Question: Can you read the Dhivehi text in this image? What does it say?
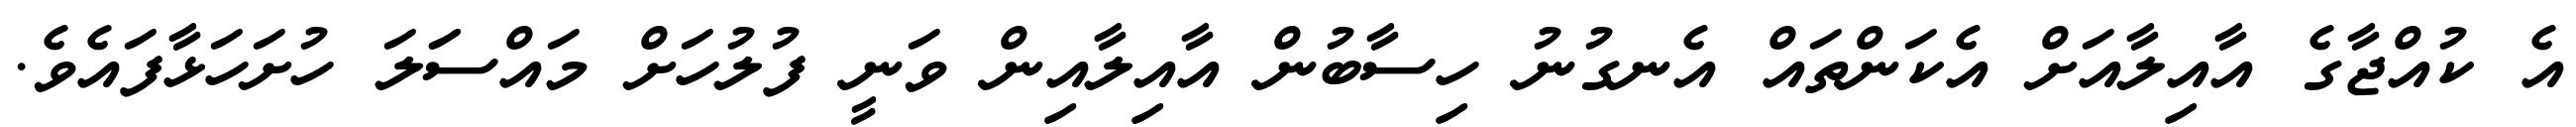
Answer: އެ ކުއްޖާގެ އާއިލާއަށް އެކަންތައް އެނގުނު ހިސާބުން އާއިލާއިން ވަނީ ފުލުހަށް މައްސަަލަ ހުށަހަޅާފައެވެ.